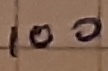
Text: 100